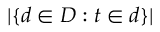
| \{ d \in D : t \in d \} |